Insane asylums in Bengal annual reports 1876-1887 - 1876-1887
Year: 1876
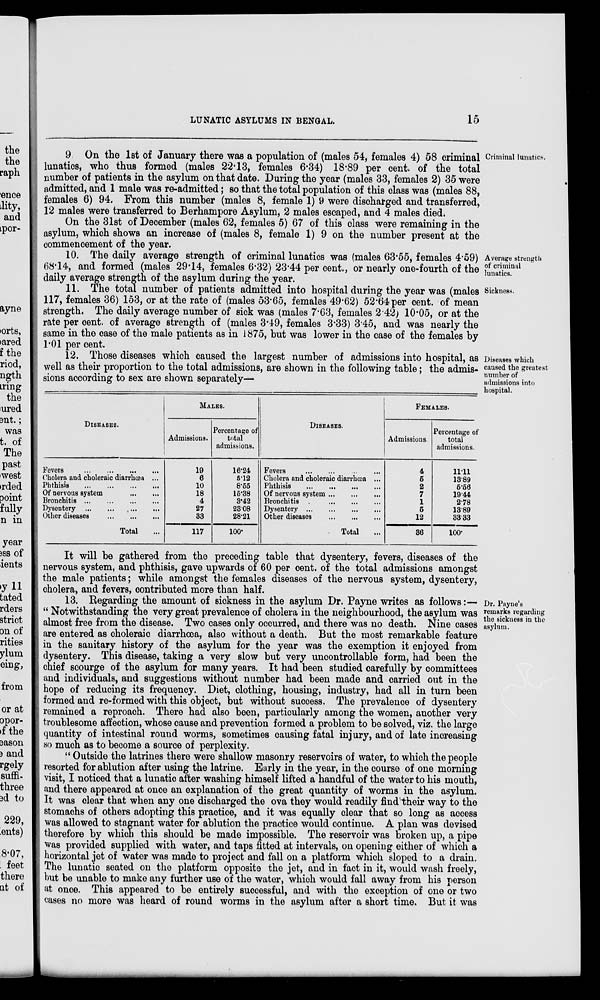
LUNATIC ASYLUMS IN BENGAL.
15
Criminal lunatics.
9. On the 1st of January there was a population of (males 54, females 4) 58 criminal
lunatics, who thus formed (males 22.13, females 6.34) 18.89 per cent. of the total
number of patients in the asylum on that date. During the year (males 33, females 2) 35 were
admitted, and 1 male was re-admitted; so that the total population of this class was (males 88,
females 6) 94. From this number (males 8, female 1) 9 were discharged and transferred,
12 males were transferred to Berhampore Asylum, 2 males escaped, and 4 males died.
On the 31st of December (males 62, females 5) 67 of this class were remaining in the
asylum, which shows an increase of (males 8, female 1) 9 on the number present at the
commencement of the year.
Average strength
of criminal
lunatics.
10. The daily average strength of criminal lunatics was (males 63.55, females 4.59)
68.14, and formed (males 29.14, females 6.32) 23.44 per cent., or nearly one-fourth of the
daily average strength of the asylum during the year.
Sickness.
11. The total number of patients admitted into hospital during the year was (males
117, females 36) 153, or at the rate of (males 53.65, females 49.62) 52.64 per cent. of mean
strength. The daily average number of sick was (males 7.63, females 2.42) 10.05, or at the
rate per cent. of average strength of (males 3.49, females 3.33) 3.45, and was nearly the
same in the case of the male patients as in 1875, but was lower in the case of the females by
1.01 per cent.
Diseases which
caused the greatest
number of
admissions into
hospital.
12. Those diseases which caused the largest number of admissions into hospital, as
well as their proportion to the total admissions, are shown in the following table; the admis-
sions according to sex are shown separately—
DISEASES.
Fevers ... ... ... ...
Cholera and choleraic diarrhœa ...
Phthisis
...
...
...
...
Of nervous system ... ... ...
Bronchitis
...
...
...
...
Dysentery ... ... ... ...
Other diseases ... ... ... ...
Total ...
MALES.
Admissions.
19
6
10
18
4
27
33
117
Percentage of
total
admissions.
16.24
5.12
8.55
15.38
3.42
23.08
28.21
100*
DISEASES.
Fevers
...
...
...
...
Cholera and choleraic diarrhœa ...
Phthisis
...
...
...
...
Of nervous system ... ... ...
Bronchitis
...
...
...
...
Dysentery
...
...
...
...
Other diseases ... ... ... ...
Total ...
FEMALES.
Admissions.
4
5
2
7
1
5
12
36
Percentage of
total
admissions.
11.11
13.89
5.56
19.44
2.78
13.89
33.33
100*
It will be gathered from the preceding table that dysentery, fevers, diseases of the
nervous system, and phthisis, gave upwards of 60 per cent. of the total admissions amongst
the male patients; while amongst the females diseases of the nervous system, dysentery,
cholera, and fevers, contributed more than half.
Dr. Payne's
remarks regarding
the sickness in the
asylum.
13. Regarding the amount of sickness in the asylum Dr. Payne writes as follows:—
“ Notwithstanding the very great prevalence of cholera in the neighbourhood, the asylum was
almost free from the disease. Two cases only occurred, and there was no death. Nine cases
are entered as choleraic diarrhœa, also without a death. But the most remarkable feature
in the sanitary history of the asylum for the year was the exemption it enjoyed from
dysentery. This disease, taking a very slow but very uncontrollable form, had been the
chief scourge of the asylum for many years. It had been studied carefully by committees
and individuals, and suggestions without number had been made and carried out in the
hope of reducing its frequency. Diet, clothing, housing, industry, had all in turn been
formed and re-formed with this object, but without success. The prevalence of dysentery
remained a reproach. There had also been, particularly among the women, another very
troublesome affection, whose cause and prevention formed a problem to be solved, viz. the large
quantity of intestinal round worms, sometimes causing fatal injury, and of late increasing
so much as to become a source of perplexity.
“ Outside the latrines there were shallow masonry reservoirs of water, to which the people
resorted for ablution after using the latrine. Early in the year, in the course of one morning
visit, I noticed that a lunatic after washing himself lifted a handful of the water to his mouth,
and there appeared at once an explanation of the great quantity of worms in the asylum.
It was clear that when any one discharged the ova they would readily find their way to the
stomachs of others adopting this practice, and it was equally clear that so long as access
was allowed to stagnant water for ablution the practice would continue. A plan was devised
therefore by which this should be made impossible. The reservoir was broken up, a pipe
was provided supplied with water, and taps fitted at intervals, on opening either of which a
horizontal jet of water was made to project and fall on a platform which sloped to a drain.
The lunatic seated on the platform opposite the jet, and in fact in it, would wash freely,
but be unable to make any further use of the water, which would fall away from his person
at once. This appeared to be entirely successful, and with the exception of one or two
cases no more was heard of round worms in the asylum after a short time. But it was